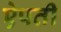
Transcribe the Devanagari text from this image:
ऐपती